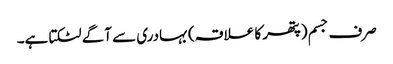
صرف جسم (پتھر کا علاقہ) بہادری سے آگے لٹکتا ہے۔